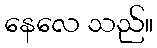
နေလေ သည်။